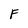
Character: F